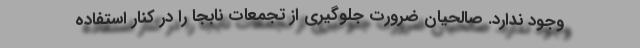
وجود ندارد. صالحیان ضرورت جلوگیری از تجمعات نابجا را در کنار استفاده